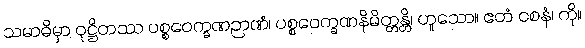
သမာဓိမှာ ဝုဋ္ဌိတဿ ပစ္စဝေက္ခဏဉာဏံ၊ ပစ္စဝေက္ခဏနိမိတ္တန္တိ၊ ဟူသော။ ဧတံ ဝစနံ၊ ကို။